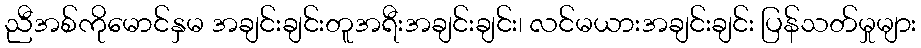
ညီအစ်ကိုမောင်နှမ အချင်းချင်းတူအရီးအချင်းချင်း၊ လင်မယားအချင်းချင်း ပြန်သတ်မှုများ